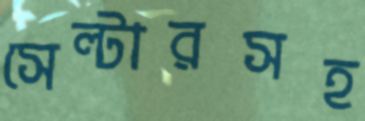
সেল্টারসহ